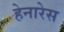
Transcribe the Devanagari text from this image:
हेनारेस